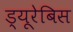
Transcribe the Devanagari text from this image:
ड्यूरेबिस